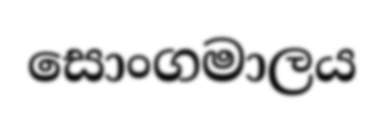
සොංගමාලය